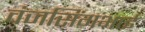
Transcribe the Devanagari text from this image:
वंजसिंगभाई